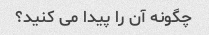
چگونه آن را پیدا می کنید؟